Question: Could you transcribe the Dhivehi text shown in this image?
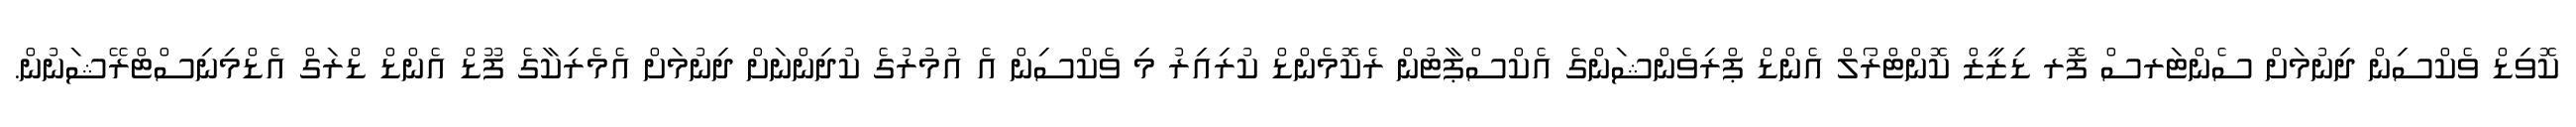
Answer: ކޮވިޑް ވެކްސިން ދިނުމަށް ސެންޓަރސް ފޮރ ޑިޒީޒް ކޮންޓްރޯލް އެންޑް ޕްރިވެންޝަންގެ އެކްސްޕާޓުން ރެކޮމެންޑް ކުރިއިރު މި ވެކްސިން އެ އުމުރުގެ ކުދިންނަށް ދިނުމަށް އެމެރިކާގެ ފޫޑް އެންޑް ޑްރަގް އެޑްމިނިސްޓްރޭޝަނުން.